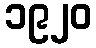
၁၉၂၀